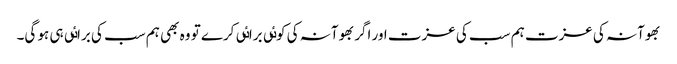
بھوآنہ کی عزت ہم سب کی عزت اور اگر بھوآنہ کی کوٸی براٸی کرے تو وہ بھی ہم سب کی براٸی ہی ہو گی۔